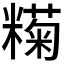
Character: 𬖶